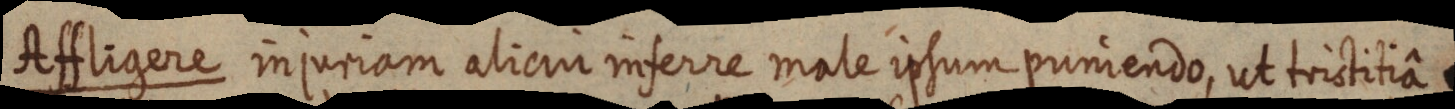
Affligere injuriam alicui inferre male ipsum puniendo, ut tristitiâ